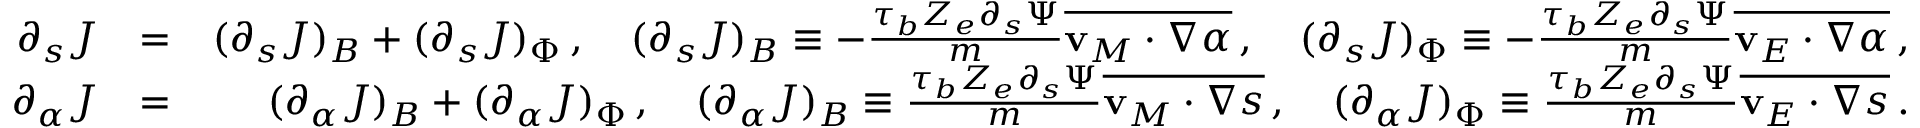
\begin{array} { r l r } { \partial _ { s } J } & { = } & { ( \partial _ { s } J ) _ { B } + ( \partial _ { s } J ) _ { \Phi } \, , \quad ( \partial _ { s } J ) _ { B } \equiv - \frac { \tau _ { b } Z _ { e } \partial _ { s } \Psi } { m } \overline { { \mathbf { v } _ { M } \cdot \nabla \alpha } } \, , \quad ( \partial _ { s } J ) _ { \Phi } \equiv - \frac { \tau _ { b } Z _ { e } \partial _ { s } \Psi } { m } \overline { { \mathbf { v } _ { E } \cdot \nabla \alpha } } \, , } \\ { \partial _ { \alpha } J } & { = } & { ( \partial _ { \alpha } J ) _ { B } + ( \partial _ { \alpha } J ) _ { \Phi } \, , \quad ( \partial _ { \alpha } J ) _ { B } \equiv \frac { \tau _ { b } Z _ { e } \partial _ { s } \Psi } { m } \overline { { \mathbf { v } _ { M } \cdot \nabla s } } \, , \quad ( \partial _ { \alpha } J ) _ { \Phi } \equiv \frac { \tau _ { b } Z _ { e } \partial _ { s } \Psi } { m } \overline { { \mathbf { v } _ { E } \cdot \nabla s } } \, . } \end{array}